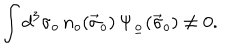
LaTeX: \int d ^ { 3 } \sigma _ { o } \, n _ { o } ( \vec { \sigma } _ { o } ) \, \Psi _ { \underline { { { o } } } } ( \vec { \sigma } _ { o } ) \neq 0 .